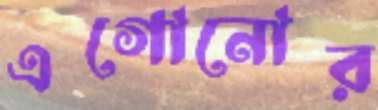
এগোনোর